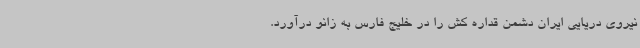
نیروی دریایی ایران دشمن قداره کش را در خلیج فارس به زانو درآورد.